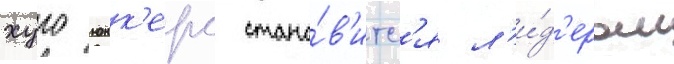
хуго юнк'ерс стано́в'итс'я л'и́д'ером